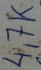
Text: 4,7K